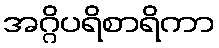
အဂ္ဂိပရိစာရိကာ